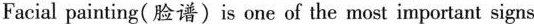
Facial painting(脸谱)is one of the most important signs